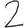
Digit: 2